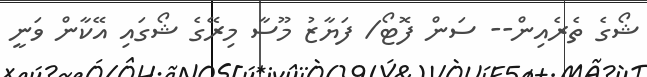
ޝޯގެ ތެެރެއިން-- ސަން ފޮޓޯ/ ފަޔާޒު މޫސާ މިރޭގެ ޝޯގައި އޭކާން ވަނީ